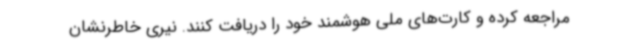
مراجعه کرده و کارت‌های ملی هوشمند خود را دریافت کنند. نیری خاطرنشان